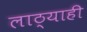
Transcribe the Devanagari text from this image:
लाठ्याही